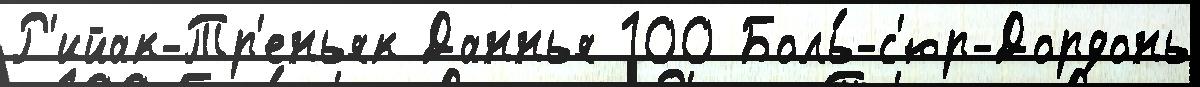
Р'ийак-Тр'еньяк Даннья 100 Боль́-с'юр-Дордонь